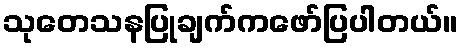
သုတေသနပြုချက်ကဖော်ပြပါတယ်။